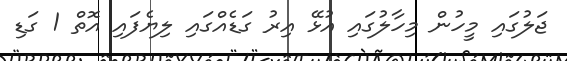
ޖަލުގައި މީހުން މިހާލުގައި އުޅޭ އިރު ގަޑެއްގައި ލިޔެފައި އޮތް 1 ގަޑި